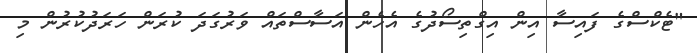
"ޓެކްސްގެ ފައިސާ އިން އިގްތިސޯދުގެ އެހެން އަސާސްތައް ވަރުގަދަ ކުރަން ހަރަދުކުރުން މި